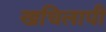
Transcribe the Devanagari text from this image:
खचिलापी